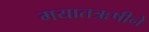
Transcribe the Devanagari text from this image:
मयातऋषीने